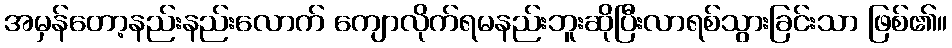
အမှန်တော့နည်းနည်းလောက် ကျောလိုက်ရမနည်းဘူးဆိုပြီးလာရစ်သွားခြင်းသာ ဖြစ်၏။